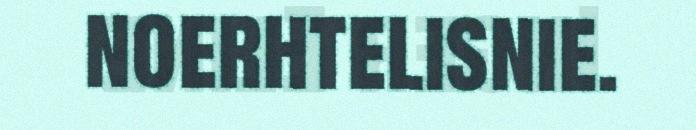
noerhtelisnie.